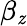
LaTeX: \beta_{\mathit{z}}